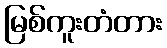
မြစ်ကူးတံတား